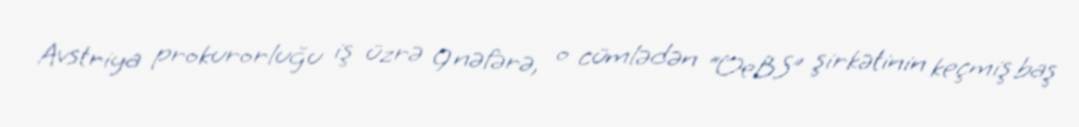
Avstriya prokurorluğu iş üzrə 9 nəfərə, o cümlədən “OeBS” şirkətinin keçmiş baş